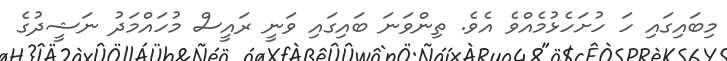
މިބައިގައި ހަ ހުށަހެޅުމެއްވެ އެވެ. ތިންވަނަ ބައިގައި ވަނީ ރައީސް މުހައްމަދު ނަޝީދުގެ